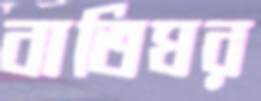
বাতিঘর